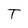
Character: T